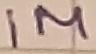
Text: 1M